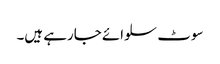
سوٹ سلوائے جارہے ہیں۔